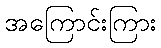
အကြောင်းကြား